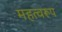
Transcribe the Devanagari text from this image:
महत्वरूप